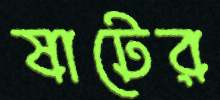
ষাটের